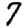
Digit: 7